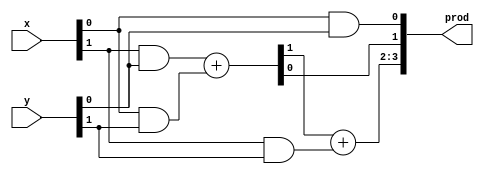
module vdcmul_2b(
                   x,
                   y,
                   prod
                   );

input [1:0] x, y;
wire [2:0]s;
wire [2:1]c;
output [3:0] prod;

assign s[0] = x[0] & y [0];
assign {c[1], s[1]} = (x[1] & y[0]) + (x[0] & y[1]);
assign {c[2], s[2]} = c[1] + (x[1] & y[1]);
assign prod = {c[2], s[2], s[1], s[0]};

endmodule